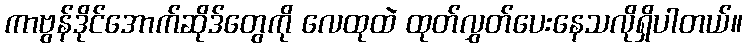
ကာဗွန်ဒိုင်အောက်ဆိုဒ်တွေကို လေထုထဲ ထုတ်လွှတ်ပေးနေသလိုရှိပါတယ်။